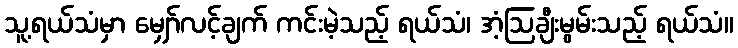
သူ့ရယ်သံမှာ မျှော်လင့်ချက် ကင်းမဲ့သည့် ရယ်သံ၊ အံ့ဩချီးမွမ်းသည့် ရယ်သံ။